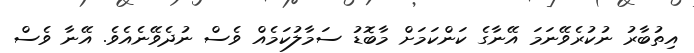
އިތުބާރު ނުކުރެވޭނަމަ އޭނާގެ ކަންކަމަށް މާބޮޑު ސަމާލުކަމެއް ވެސް ނުދެވޭނެއެވެ. އޭނާ ވެސް